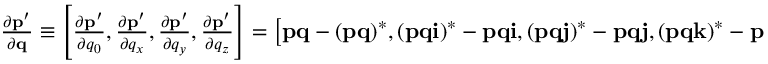
\begin{array} { r } { { \frac { \partial \mathbf { p ^ { \prime } } } { \partial \mathbf { q } } } \equiv \left[ { \frac { \partial \mathbf { p ^ { \prime } } } { \partial q _ { 0 } } } , { \frac { \partial \mathbf { p ^ { \prime } } } { \partial q _ { x } } } , { \frac { \partial \mathbf { p ^ { \prime } } } { \partial q _ { y } } } , { \frac { \partial \mathbf { p ^ { \prime } } } { \partial q _ { z } } } \right] = \left[ \mathbf { p q } - ( \mathbf { p q } ) ^ { * } , ( \mathbf { p q i } ) ^ { * } - \mathbf { p q i } , ( \mathbf { p q j } ) ^ { * } - \mathbf { p q j } , ( \mathbf { p q k } ) ^ { * } - \mathbf { p q k } \right] . } \end{array}